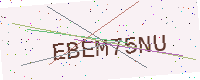
Text: EBEM75NU